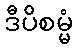
ဒီပိစမ္မံ